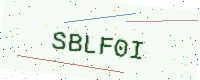
Text: SBLF0I